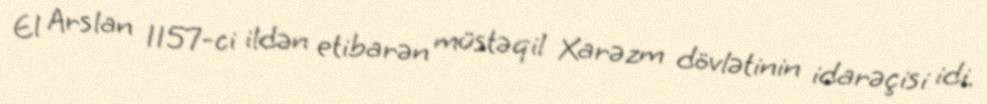
El Arslan 1157-ci ildən etibarən müstəqil Xarəzm dövlətinin idarəçisi idi.